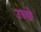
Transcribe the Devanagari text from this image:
उच्छे